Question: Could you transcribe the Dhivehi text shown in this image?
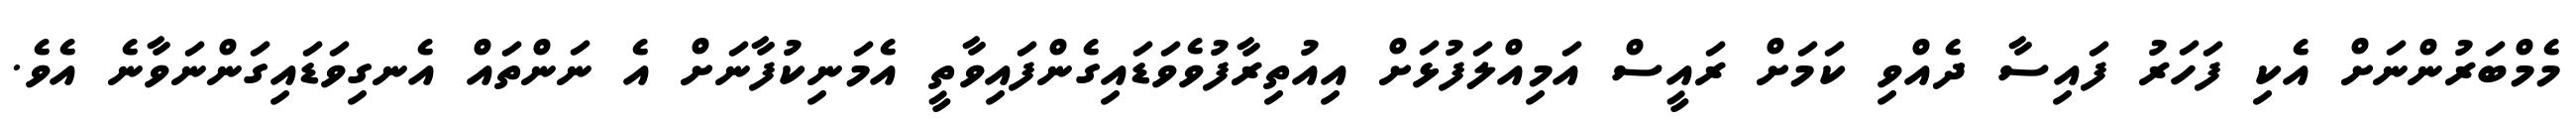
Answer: މެމްބަރުންނަށް އެކި ފަހަރު ފައިސާ ދެއްވި ކަމަށް ރައީސް އަމިއްލަފުޅަށް އިއުތިރާފުވެވަޑައިގެންފައިވާތީ އެމަނިކުފާނަށް އެ ނަންތައް އެނގިވަޑައިގަންނަވާނެ އެވެ.